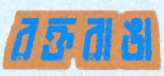
রক্তরাঙা